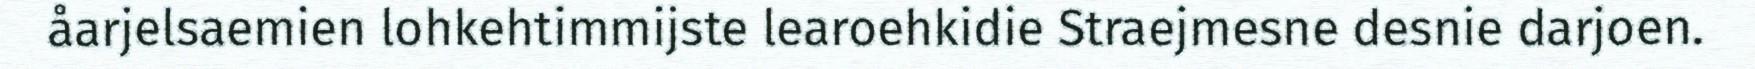
åarjelsaemien lohkehtimmijste learoehkidie Straejmesne desnie darjoen.